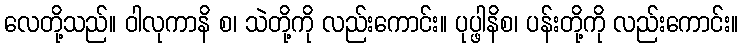
လေတို့သည်။ ဝါလုကာနိ စ၊ သဲတို့ကို လည်းကောင်း။ ပုပ္ဖါနိစ၊ ပန်းတို့ကို လည်းကောင်း။